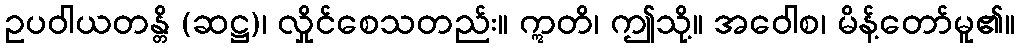
ဥပဝါယတန္တိ (ဆဋ္ဌ)၊ လှိုင်စေသတည်း။ ဣတိ၊ ဤသို့။ အဝေါစ၊ မိန့်တော်မူ၏။